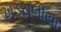
ખડસલીયા